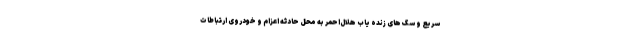
سریع و سگ های زنده یاب هلال‌احمر به محل حادثه اعزام و خودروی ارتباطات